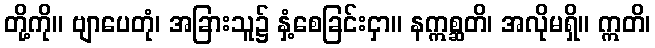
တို့ကို။ ဗျာပေတုံ၊ အခြားသူ၌ နှံ့စေခြင်းငှာ။ နဣစ္ဆတိ၊ အလိုမရှိ။ ဣတိ၊